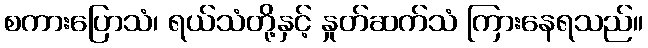
စကားပြောသံ၊ ရယ်သံတို့နှင့် နှုတ်ဆက်သံ ကြားနေရသည်။